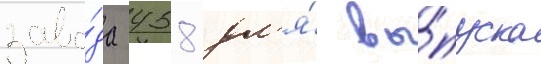
заво́да 458 дл'я́ вы́пуска